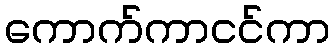
ကောက်ကာငင်ကာ